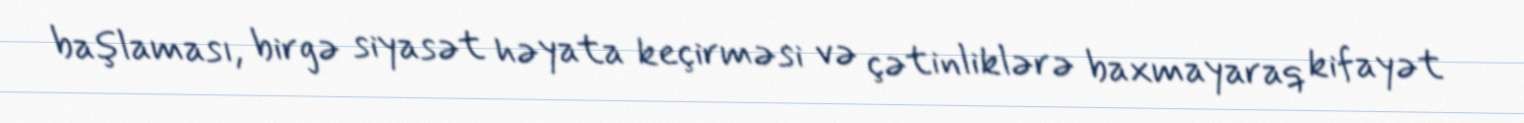
başlaması, birgə siyasət həyata keçirməsi və çətinliklərə baxmayaraq kifayət